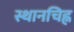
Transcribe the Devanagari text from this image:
स्थानचिह्न